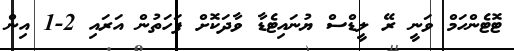
ޓޮޓެންހަމް ވަނީ ރޭ ލީޑްސް ޔުނައިޓެޑާ ވާދަކޮށް ފަހަތުން އަރައި 2-1 އިން